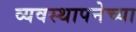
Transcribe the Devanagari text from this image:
व्यवस्थापनेच्या